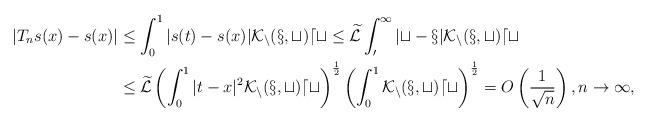
LaTeX: \begin{align*}\left|T_ns(x) - s(x) \right| & \le \int_0^1 |s(t) - s(x)| \cal K_n(x,t) dt \le \widetilde{\mathcal{L}} \int_0^1 |t - x| \cal K_n(x,t) dt \\& \le \widetilde{\mathcal{L}} \left( \int_0^1 |t - x|^2 \cal K_n(x,t) dt \right)^{\frac{1}{2}} \left( \int_0^1 \cal K_n(x,t) dt \right)^{\frac{1}{2}} = O\left( \frac{1}{\sqrt{n}}\right), n \to \infty,\end{align*}